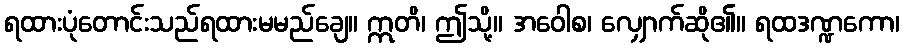
ရထားပုံတောင်းသည်ရထားမမည်ချေ။ ဣတိ၊ ဤသို့။ အဝေါစ၊ လျှောက်ဆို၏။ ရထဒဏ္ဍကော၊